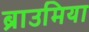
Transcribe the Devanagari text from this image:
ब्राउमिया